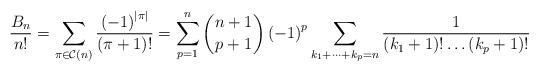
LaTeX: \begin{align*}\frac{B_{n}}{n!}=\sum_{\pi\in\mathcal{C}\left(n\right)}\frac{\left(-1\right)^{\vert \pi \vert}}{\left(\pi+1\right)!}= \sum_{p=1}^{n}\binom{n+1}{p+1}\left(-1\right)^{p}\sum_{k_{1}+\dots+k_{p}=n}\frac{1}{\left(k_{1}+1\right)!\dots\left(k_{p}+1\right)!}\end{align*}